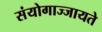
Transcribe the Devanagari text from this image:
संयोगाज्जायते